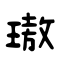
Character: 璈